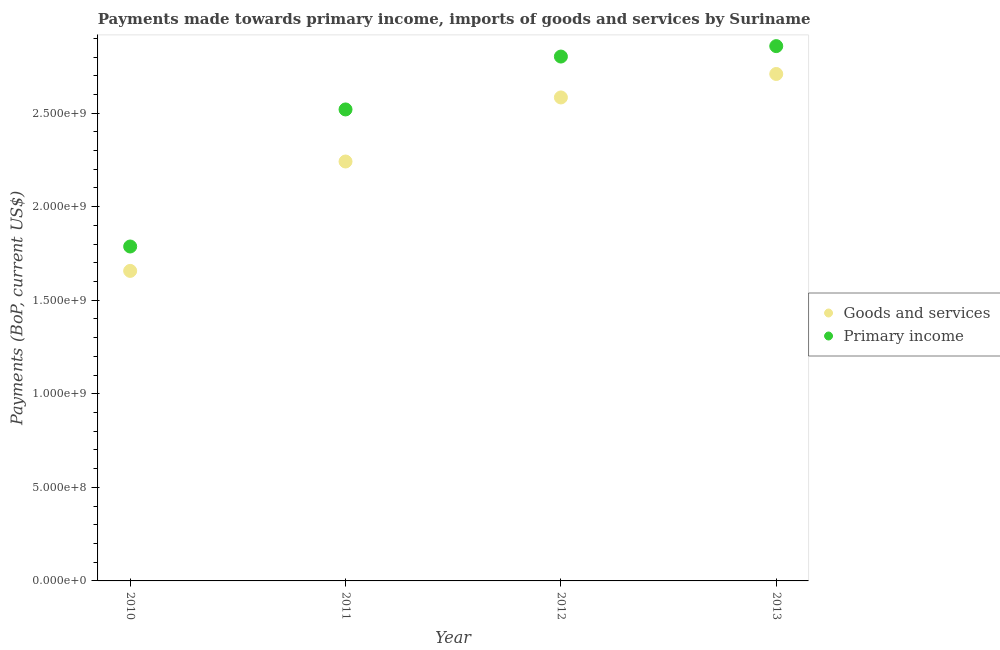
| Year | Goods and services | Primary income |
 | --- | --- | --- |
 | 2010 | 1.66e+09 | 1.79e+09 |
 | 2011 | 2.24e+09 | 2.52e+09 |
 | 2012 | 2.58e+09 | 2.8e+09 |
 | 2013 | 2.71e+09 | 2.86e+09 |